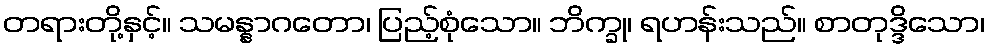
တရားတို့နှင့်။ သမန္နာဂတော၊ ပြည့်စုံသော။ ဘိက္ခု၊ ရဟန်းသည်။ စာတုဒ္ဒိသော၊